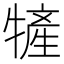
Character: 㹌